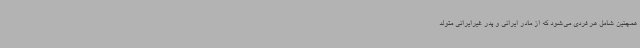
همچنین شامل هر فردی می‌شود که از مادر ایرانی و پدر غیرایرانی متولد